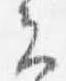
云